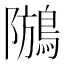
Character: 𪁢